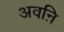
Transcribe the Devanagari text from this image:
अवऩि